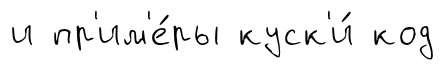
и пр'им'е́ры куск'и́ код